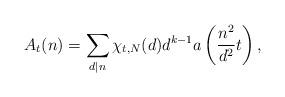
LaTeX: \begin{align*}A_t(n)=\sum_{d|n}\chi_{t,N}(d)d^{k-1}a\left(\frac{n^2}{d^2}t\right),\end{align*}